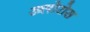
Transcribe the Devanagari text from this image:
ख्लोरोस